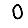
Digit: 0